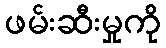
ဖမ်းဆီးမှုကို